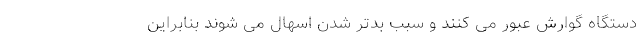
دستگاه گوارش عبور می ‌کنند و سبب بدتر شدن اسهال می‌ شوند بنابراین